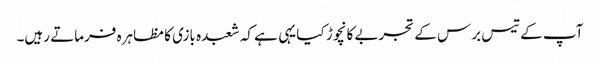
آپ کے تیس برس کے تجربے کا نچوڑ کیا یہی ہے کہ شعبدہ بازی کا مظاہرہ فرماتے رہیں۔